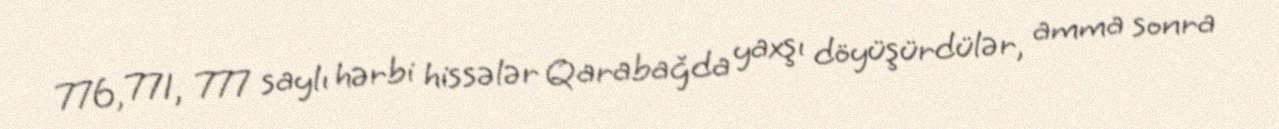
776, 771, 777 saylı hərbi hissələr Qarabağda yaxşı döyüşürdülər, amma sonra